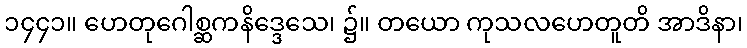
၁၄၄၁။ ဟေတုဂေါစ္ဆကနိဒ္ဒေသေ၊ ၌။ တယော ကုသလဟေတူတိ အာဒိနာ၊